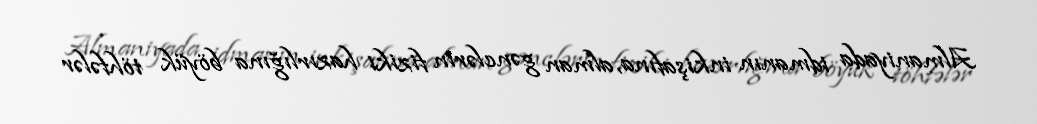
Almaniyada idmanın inkişafına, alman gənclərin fiziki hazırlığına böyük töhfələr